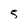
Character: 5